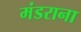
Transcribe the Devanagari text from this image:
मंडराना